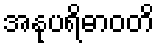
အနုပရိဓာဝတိ